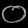
Digit: ၀